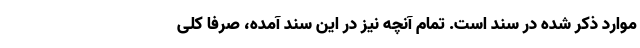
موارد ذکر شده در سند است. تمام آنچه نیز در این سند آمده، صرفا کلی